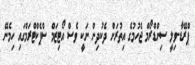
ޕްރޭޑާ-ވިލީ ސިންޑްރޯމް ޖެހުމުގެ އިތުރަށް ދެކުދިން ނަކީ ވެސް އޯޓިޒަމް ސްޕެކްޓްރަމްގައި ހިމެނޭ